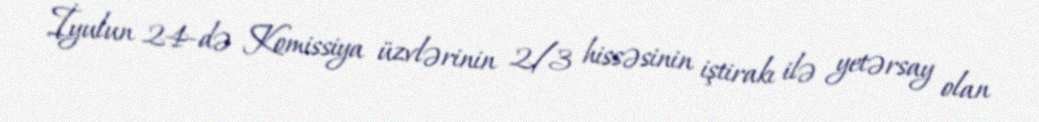
İyulun 24-də Komissiya üzvlərinin 2/3 hissəsinin iştirakı ilə yetərsay olan